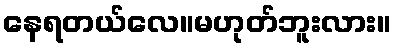
နေရတယ်လေ။မဟုတ်ဘူးလား။